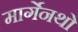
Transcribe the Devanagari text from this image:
मार्गेनथो